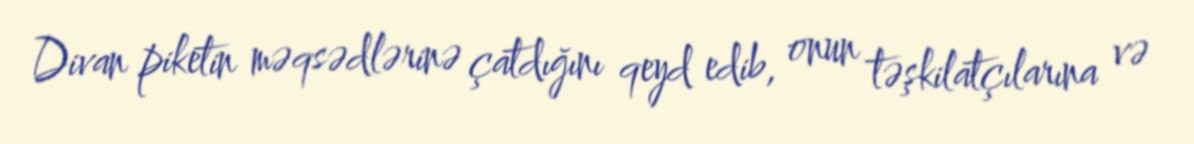
Divan piketin məqsədlərinə çatdığını qeyd edib, onun təşkilatçılarına və